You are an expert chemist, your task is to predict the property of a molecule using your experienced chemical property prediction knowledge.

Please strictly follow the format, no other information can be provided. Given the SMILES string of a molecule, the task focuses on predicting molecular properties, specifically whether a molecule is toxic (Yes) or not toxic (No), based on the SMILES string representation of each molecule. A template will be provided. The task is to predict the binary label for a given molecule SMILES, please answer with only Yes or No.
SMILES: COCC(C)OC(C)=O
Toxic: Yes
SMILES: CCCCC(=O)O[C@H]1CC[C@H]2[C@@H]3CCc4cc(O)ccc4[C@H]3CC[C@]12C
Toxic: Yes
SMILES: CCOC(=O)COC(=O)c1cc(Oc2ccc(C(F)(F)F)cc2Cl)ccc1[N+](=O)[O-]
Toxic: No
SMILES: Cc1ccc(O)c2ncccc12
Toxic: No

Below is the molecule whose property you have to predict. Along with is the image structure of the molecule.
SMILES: CCOC(=O)[C@H](CCc1ccccc1)N[C@@H](C)C(=O)N1CCC[C@H]1C(=O)O
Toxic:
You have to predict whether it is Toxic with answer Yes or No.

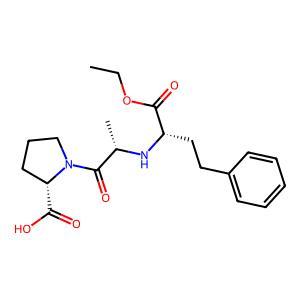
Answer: No